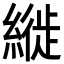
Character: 縰